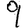
Digit: 9